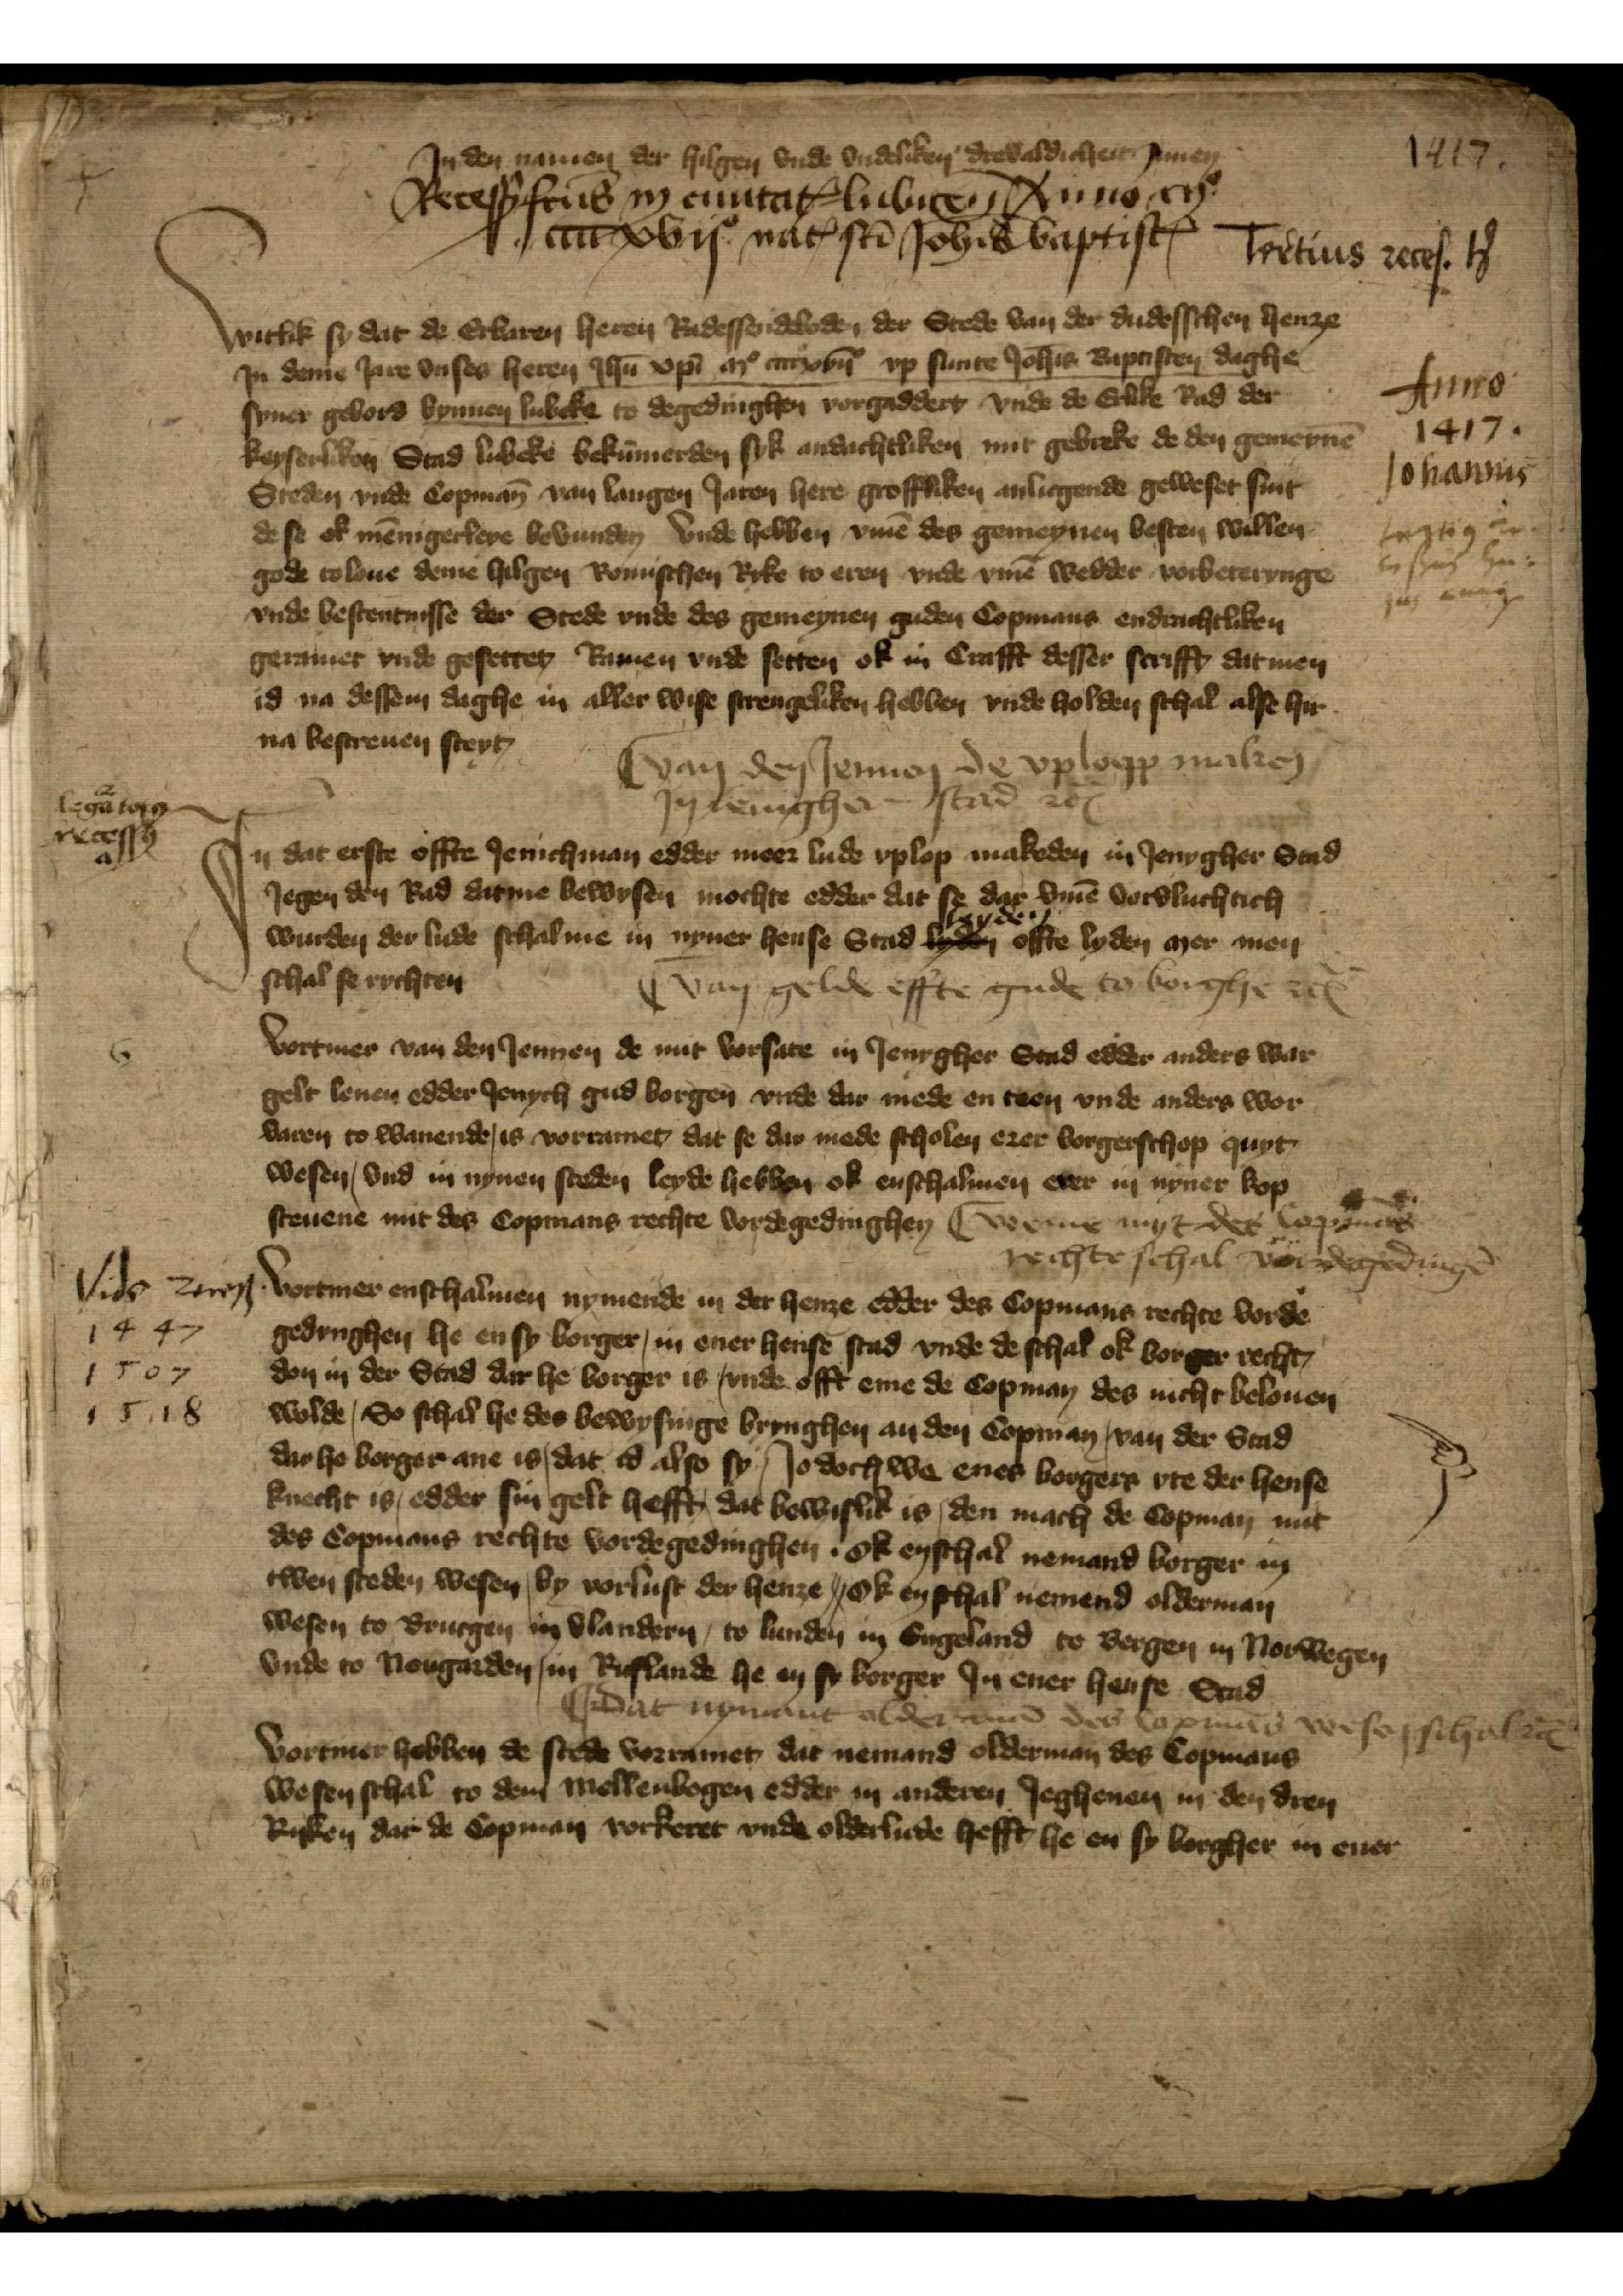
1417

Anno
1417
Johannis

leztig zu
laßen hui¬
us cra

Jn den namen der hilgen vnde vndeliken drevaldicheit Amen
Recessus in ciuitatꝬ Lubicen Anno mo
cccxvijo natꝬ stī Joh̄is BaptistꝬ
Tritius reces. tꝬ

Witlik sy dat de Erbaren heren Radessendeboden der Stede van der dudesschen henze
Jn deme Jare vnses heren Jhū xpī vp mo ccccxvijo vp sunte Joh̄is Baptisten daghe
syner gebord bynnen Lubeke to degedinghen vorgaddert vnde de etlike Rad der
keyserliken Stad Lubeke bekūmerden sik andachtliken mit gebreke de den gemeynē
Steden vnde Copman̄ van langen Jaren here groffliken anlicgende geweset sint
de se ok mēnigerleye bevunden vnde hebben v̄me des gemeynen besten willen
gode to loue deme hilgen Romischen Ryke to eren vnde v̄me wedder vorbeteringe
vnde bestentnisse der Stede vnde des gemeynen guden Copmans endrachtliken
geramet vnde gesettet Ramen vnde setten ok in Crafft desser scrifft dat men
id na dessen daghe in aller wise strengeliken hebben vnde holden schal alse hir
na bescreuen steyt

van den Jennen de vplopp maken
Jn ienigher stad etꝬ

Jn dat erste offte Jenichman edder meer lude vplop makeden in Jenigher Stad
Jegen den Rad datme bewysen mochte edder dat se dar v̄me vorvluchtich
wurden der lude schalme in nyner hense Stad leyden ofte lyden mer men
schal se richten

Vortmer van den Jennen de mit vorsate in Jenygher Stad edder anders war
van gelde effte gude to borghe etꝬ

Vortmer van den Jennen de mit vorsate in Jenygher Stad edder anders war
gelt lenen edder Jenych gud borgen vnde dar mede en teen vnde anders wor¬
varen to wanende, is vorramet dat se dar mede scholen erer borgerschop quyt
wesen vnd in nynen steden leyde hebben ok enschalmen erer in nyner kop¬
steuene mit des Copmans rechte vordegedighens

|| werne myt des Copmāns
rechte schal vordegedingē

Vortmer enschalmen nymende in der henze edder des Copmans rechte vorde¬
gedynghen he en sy borger in ener hense stad vnde de schal ok borger recht,
don in der Stad dar he borger, is vnde offt eme de Copman des nicht belouen
wolde, So schal he der bewysinge bringhen an den Copman, van der Stad
dar he borger ane is, dat id also sy, Jodoch we enes borgers vte der hense
knecht is, edder sin gelt hefft, dat bewislik is den mach de Copman mit
des Copmans rechte vordegedinghen, ok enschal nemand borger in
twen steden wesen, by vorlust der henze ok in schal nemend olderman
wesen to Brucgen in Vlandern, to Lunden in Engeland to Bergen in Norwegen
vnde to Nougarden in Ruslande he en sy borger Jn ener hense Stad

Vide recess
1447
1507
1518

|| Dat nymant olderman des Copmans wesen schal etꝬ

Vortmer hebben de stede vorramet dat nemand olderman des Copmans
wesen schal to dem Mellenbogen edder in anderen Jeghenen in den dren
Ryken dar de Copman vorkeret vnde olderlude hefft he en sy borgher in ener